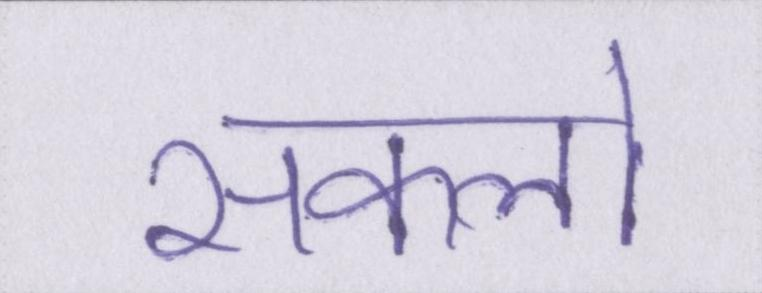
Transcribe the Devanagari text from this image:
सकलो